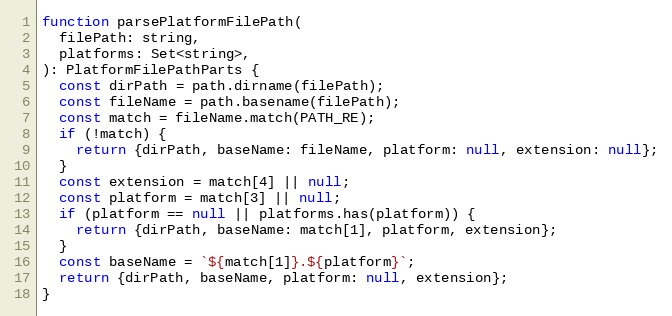
Language: JavaScript
function parsePlatformFilePath(
  filePath: string,
  platforms: Set<string>,
): PlatformFilePathParts {
  const dirPath = path.dirname(filePath);
  const fileName = path.basename(filePath);
  const match = fileName.match(PATH_RE);
  if (!match) {
    return {dirPath, baseName: fileName, platform: null, extension: null};
  }
  const extension = match[4] || null;
  const platform = match[3] || null;
  if (platform == null || platforms.has(platform)) {
    return {dirPath, baseName: match[1], platform, extension};
  }
  const baseName = `${match[1]}.${platform}`;
  return {dirPath, baseName, platform: null, extension};
}